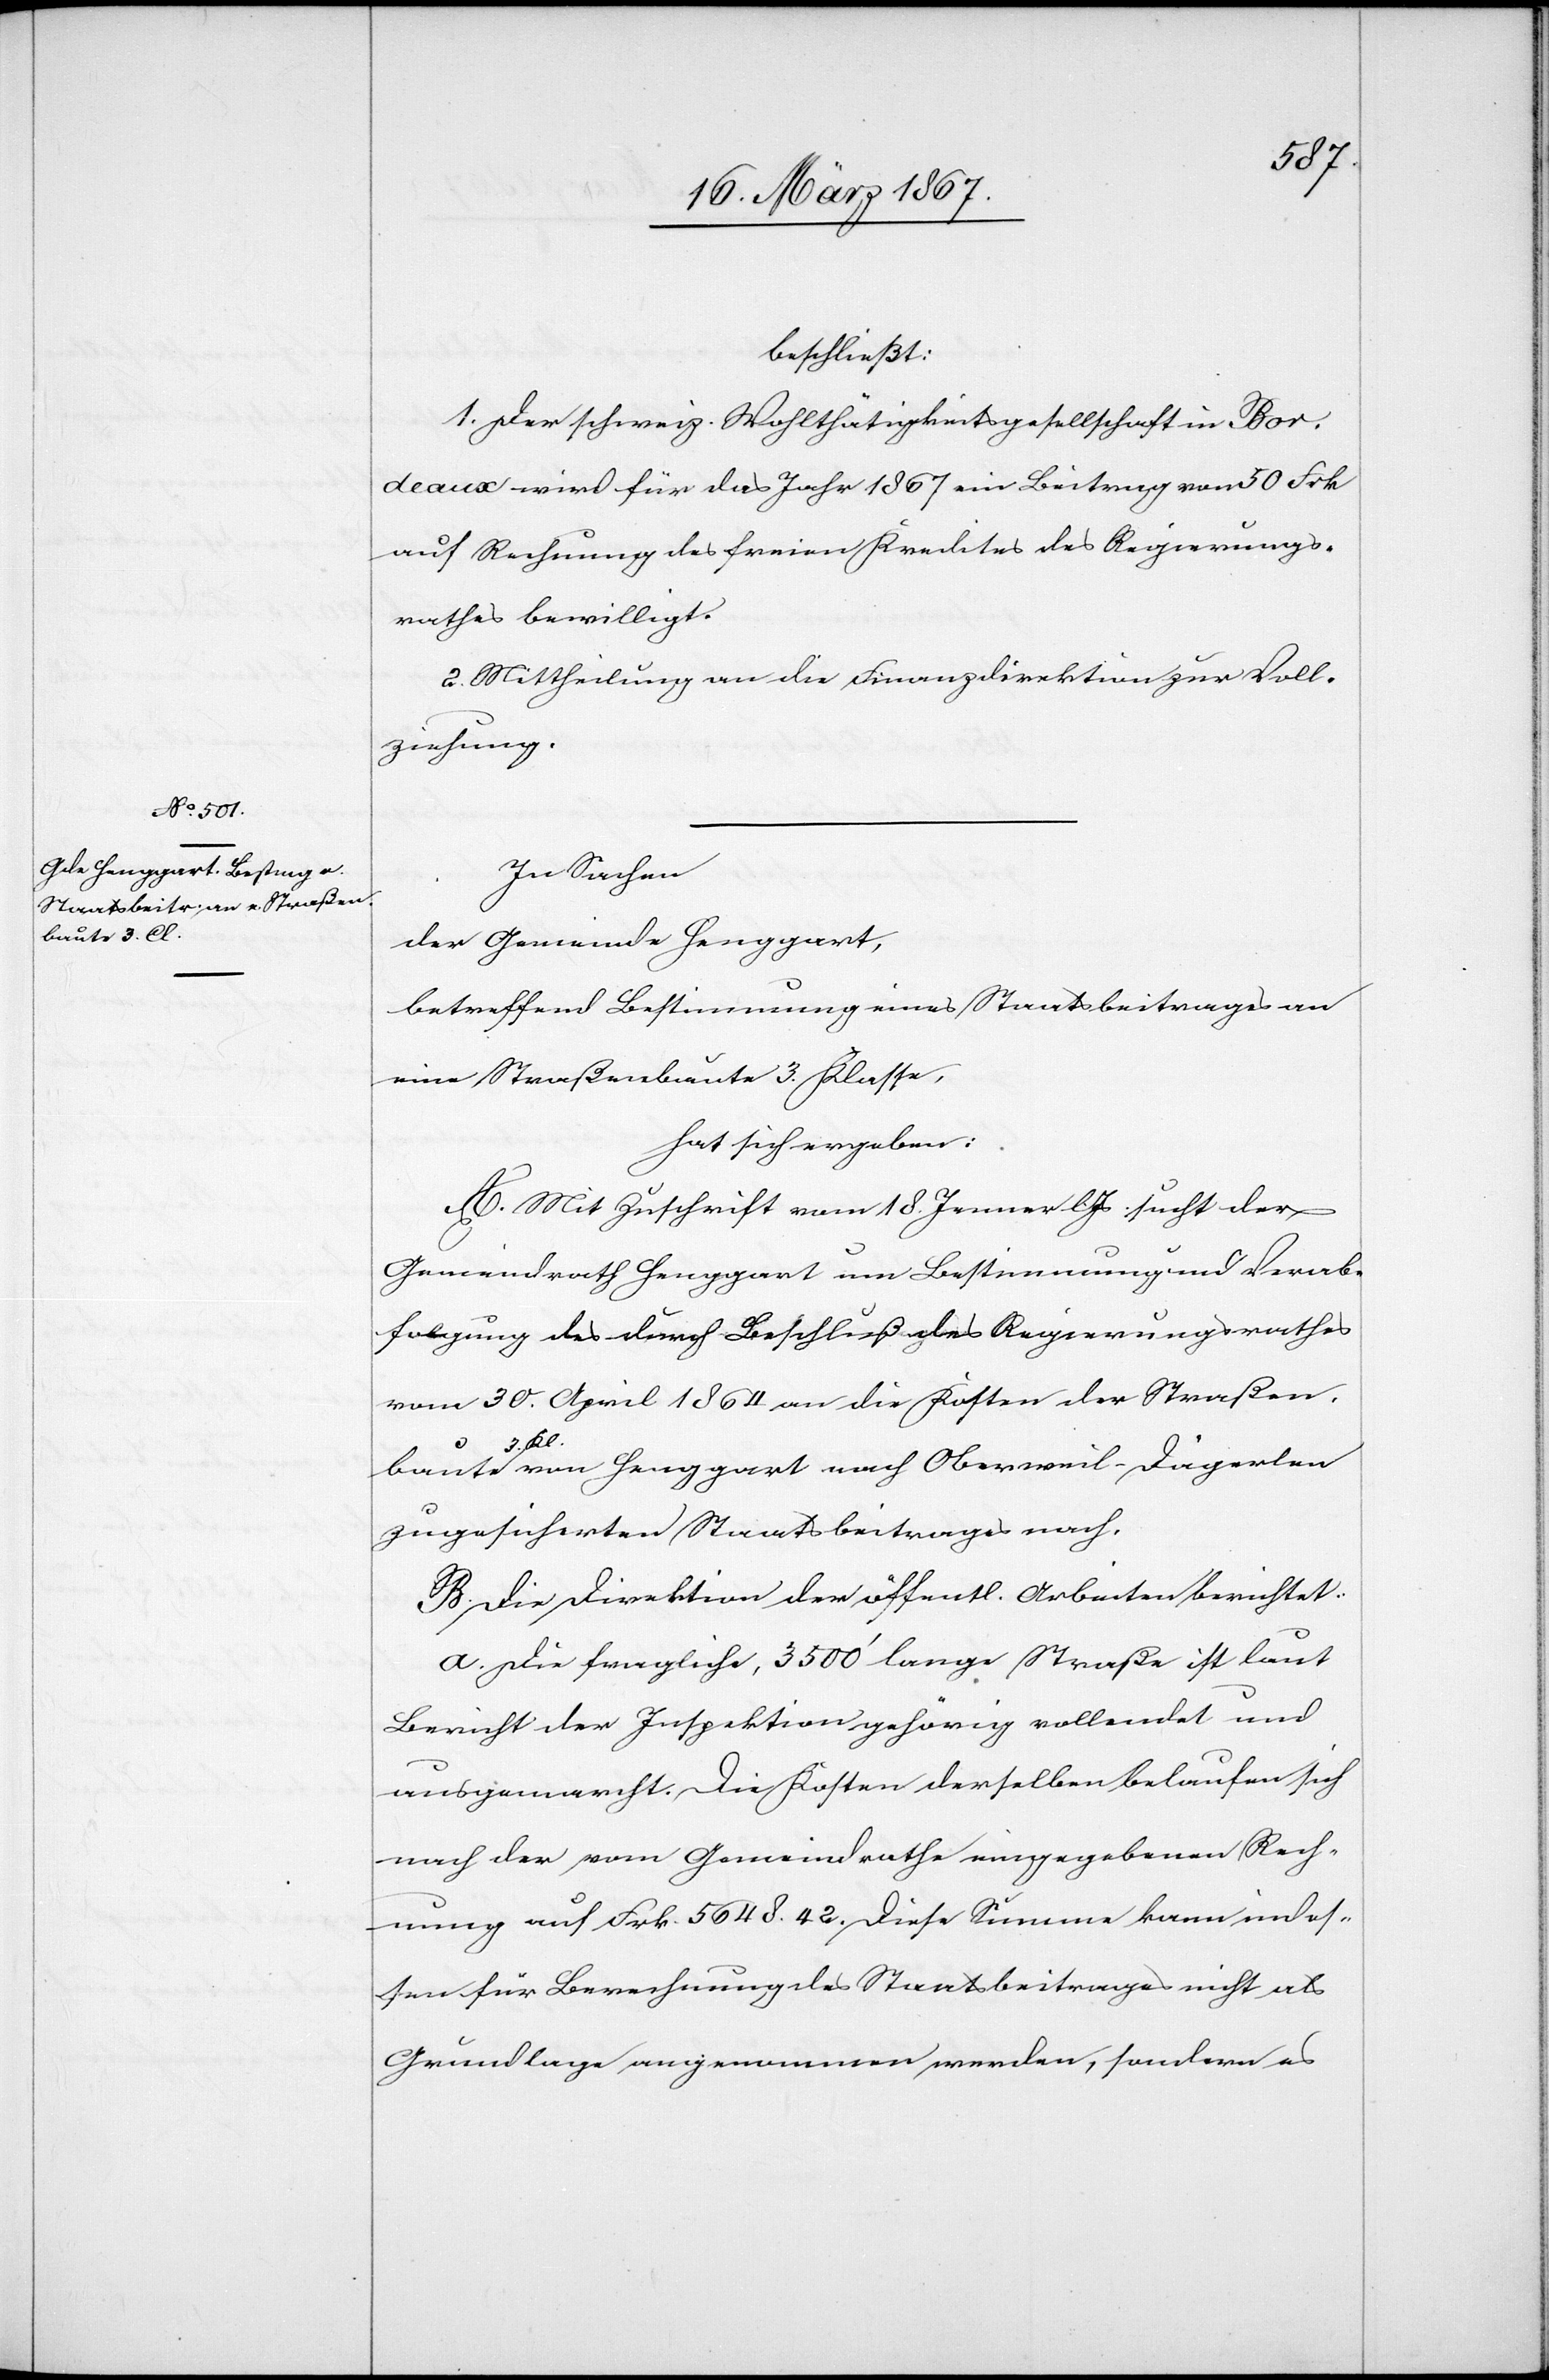
baute 3. Kl.

beschließt:
1. Der schweiz. Wohlthätigkeitsgesellschaft in Bor¬
deaux wird für das Jahr 1867 ein Beitrag von 50 Frk
auf Rechnung des freien Kredites des Regierungs¬
rathes bewilligt.
2. Mittheilung an die Finanzdirektion zur Voll¬
ziehung.
In Sachen
der Gemeinde Henggart,
betreffend Bestimmung eines Staatsbeitrages an
eine Straßenbaute 3. Klasse
hat sich ergeben:
A. Mit Zuschrift vom 18. Jenner l. Js sucht der
Gemeindrath Henggart um Bestimmung und Verab¬
folgung des durch Beschluß des Regierungsrathes
vom 30. April 1864 an die Kosten der Straßen¬
zugesicherten Staatsbeitrages nach.
B. Die Direktion der öffentl. Arbeiten berichtet:
a.	Die fragliche, 3500’ lange Straße ist laut
Bericht der Inspektion gehörig vollendet und
ausgemarcht. Die Kosten derselben belaufen sich
nach der vom Gemeindrathe eingegebenen Rech¬
nung auf Frk. 5648.42. Diese Summe kann indes¬
sen für Berechnung des Staatsbeitrages nicht als
Grundlage angenommen werden, sondern es